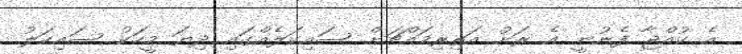
އެ ކުއްޖާ ފެނުނީ އެ ރަށު އަތިރިމައްޗަށް ސައިކަލެއްގައި ދިޔަ މީހަކު ސައިކަލު